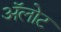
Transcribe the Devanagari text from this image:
अॅलोट